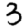
Digit: 3